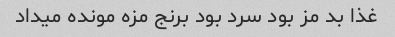
غذا بد مز بود سرد بود برنج مزه مونده میداد